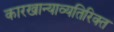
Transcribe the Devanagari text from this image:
कारखान्याव्यतिरिक्त